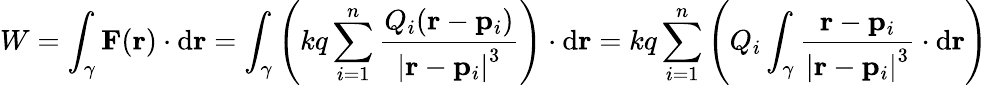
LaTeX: W=\int_{\gamma}\mathbf{F}(\mathbf{r})\cdot\mathrm{d}\mathbf{r}=\int_{\gamma}\left(kq\sum_{i=1}^{n}{\frac{Q_{i}(\mathbf{r}-\mathbf{p}_{i})}{\left|\mathbf{r}-\mathbf{p}_{i}\right|^{3}}}\right)\cdot\mathrm{d}\mathbf{r}=kq\sum_{i=1}^{n}\left(Q_{i}\int_{\gamma}{\frac{\mathbf{r}-\mathbf{p}_{i}}{\left|\mathbf{r}-\mathbf{p}_{i}\right|^{3}}}\cdot\mathrm{d}\mathbf{r}\right)